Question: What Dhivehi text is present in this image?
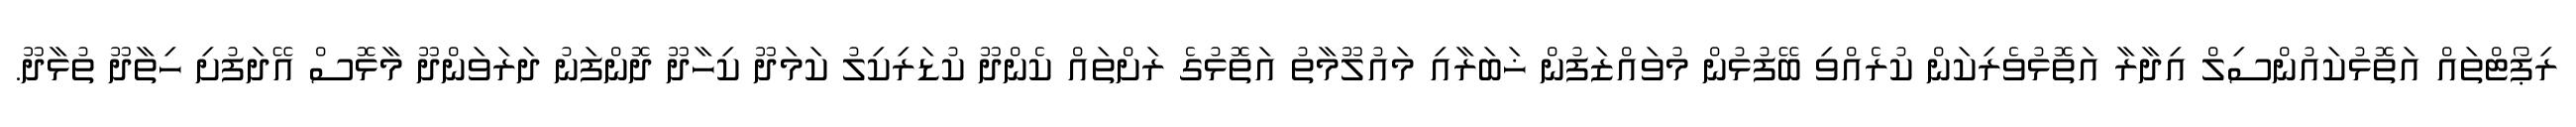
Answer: ރިޕޯޓްތައް އަތޮޅުކައުންސިލް އިދާރާ އަތޮޅުވެރިކަން ކުރެއްވި ބޭފުޅުން މުވައްޒަފުން ޚަބަރާއި މައުލޫމާތު އަތޮޅުގެ ރަށްތައް ކެންދޫ ކުޑަރިކިލު ކަމަދޫ ކިހާދޫ ދޮންފަނު ދަރަވަންދޫ މާޅޮސް އޭދަފުށި ހިތާދޫ ތުޅާދޫ.